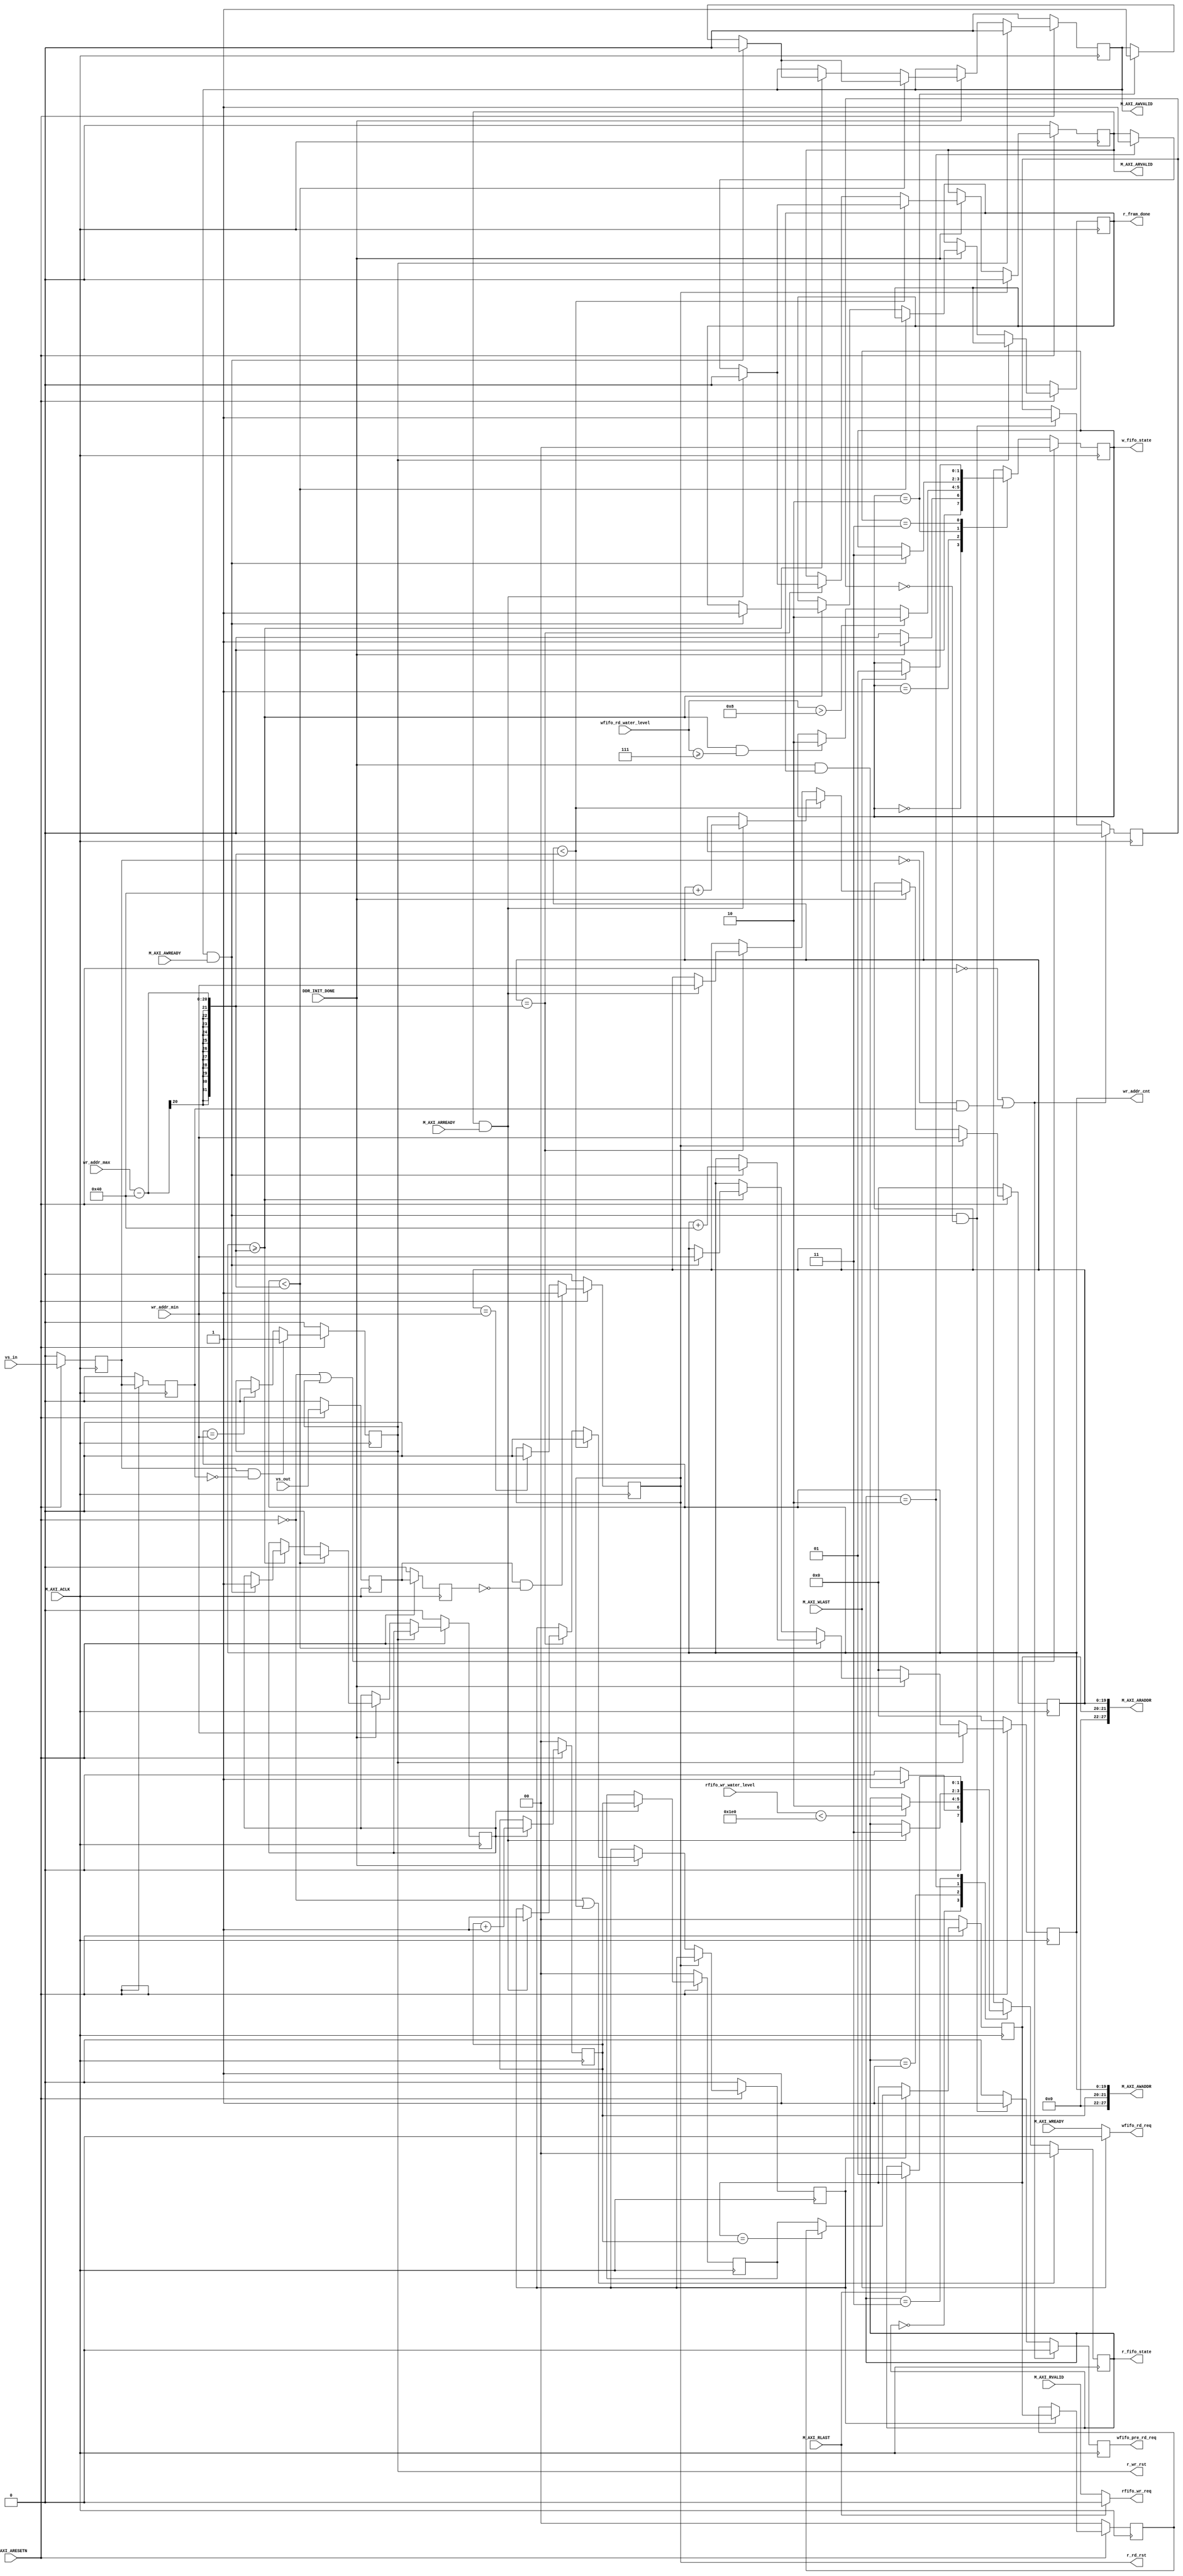
// This program was cloned from: https://github.com/flytt-away/FPGA-Video-Capture
// License: MIT License

///ARMIP
	module AXI_FULL_M #
	(
        parameter integer VIDEO_LENGTH      = 1920                            ,
        parameter integer VIDEO_HIGTH       = 1080                            ,
        parameter integer PIXEL_WIDTH       = 32                              ,
		parameter integer CTRL_ADDR_WIDTH	= 28                              ,
		parameter integer DQ_WIDTH	        = 32                              ,
        parameter integer M_AXI_BRUST_LEN   = 8                               ,
        parameter integer VIDEO_BASE_ADDR   = 2'd0                            
	)
	(

		input wire                                    DDR_INIT_DONE           ,
		input wire                                    M_AXI_ACLK              ,
		input wire                                    M_AXI_ARESETN           ,
		//                                                              
		output wire [CTRL_ADDR_WIDTH-1 : 0]           M_AXI_AWADDR            ,
		output wire                                   M_AXI_AWVALID           ,
		input wire                                    M_AXI_AWREADY           ,
		//                                                              
		input wire                                    M_AXI_WLAST             ,
		input wire                                    M_AXI_WREADY            ,
		//                                                              
		//                                                              
		output wire [CTRL_ADDR_WIDTH-1 : 0]           M_AXI_ARADDR            ,
		output wire                                   M_AXI_ARVALID           ,
		input wire                                    M_AXI_ARREADY           ,
		//                                                              
		input wire                                    M_AXI_RLAST             ,
		input wire                                    M_AXI_RVALID            ,
        //video
        input wire                                    vs_in                   ,
        input wire                                    vs_out                  ,
        //fifo
        input wire  [8 : 0]                           wfifo_rd_water_level    ,
        output                                        wfifo_rd_req            /* synthesis PAP_MARK_DEBUG="1" */,
        output                                        wfifo_pre_rd_req        /* synthesis PAP_MARK_DEBUG="1" */,
        input wire  [8 : 0]                           rfifo_wr_water_level    ,
        output                                        rfifo_wr_req            ,
        output reg                                    r_fram_done             ,
        //
        input       [19 : 0]                          wr_addr_min             ,//ddr01920*1080*16 = 33177600 bits
        input       [19 : 0]                          wr_addr_max             ,//ddr32 33177600/32 = 1036800 = 20'b1111_1101_0010_0000_0000
        output reg                                    r_wr_rst                ,
        output reg                                    r_rd_rst                ,
        output reg [1 : 0]                            w_fifo_state/* synthesis PAP_MARK_DEBUG="1" */,
        output reg [1 : 0]                            r_fifo_state/* synthesis PAP_MARK_DEBUG="1" */,
        output wire [19 : 0]                          wr_addr_cnt/* synthesis PAP_MARK_DEBUG="1" */
	);
/************************************************************************/

/**********************************************************************/
parameter    IDLE          =   'd0,
             WRITE_START   =   'd1,
             WRITE_ADDR    =   'd2,
             WRITE_DATA    =   'd3,
             READ_START    =   'd1,
             READ_ADDR    =    'd2,
             READ_DATA     =   'd3;




/**********************************************************************/


reg [CTRL_ADDR_WIDTH - 1 : 0]    r_m_axi_awaddr;//
reg                              r_m_axi_awvalid;
reg                              r_m_axi_wlast;
reg                              r_m_axi_wvalid;
reg [CTRL_ADDR_WIDTH*8 - 1 : 0]  r_m_axi_araddr;
reg                              r_m_axi_arvalid/* synthesis PAP_MARK_DEBUG="1" */;
reg [7 : 0]                      r_wburst_cnt;
reg [7 : 0]                      r_rburst_cnt;
reg [DQ_WIDTH*8 - 1 : 0]         r_m_axi_rdata;

reg [19 : 0]                     r_wr_addr_cnt/* synthesis PAP_MARK_DEBUG="1" */;
reg [19 : 0]                     r_rd_addr_cnt/* synthesis PAP_MARK_DEBUG="1" */;
reg [1 : 0]                      r_wr_addr_page/* synthesis PAP_MARK_DEBUG="1" */;
reg [1 : 0]                      r_rd_addr_page/* synthesis PAP_MARK_DEBUG="1" */;
reg [1 : 0]                      r_wr_last_page/* synthesis PAP_MARK_DEBUG="1" */;
reg [1 : 0]                      r_rd_last_page/* synthesis PAP_MARK_DEBUG="1" */;

reg                              r_wr_done;//
reg                              r_rd_done;
reg                              r_wfifo_rd_req;
reg                              r_wfifo_pre_rd_req;
reg                              r_wfifo_pre_rd_flag;
reg                              r_rfifo_wr_req;
//
reg                              r_vs_in_d0;
reg                              r_vs_in_d1; 
reg                              r_vs_out_d0;                            
reg                              r_vs_out_d1;     
//reg                              r_wr_rst/* synthesis PAP_MARK_DEBUG="1" */;
//reg                              r_rd_rst/* synthesis PAP_MARK_DEBUG="1" */;                       
/**********************************************************************/

/**********************************************************************/
//
//
assign M_AXI_AWADDR     =   {4'b0 , VIDEO_BASE_ADDR , r_wr_addr_page , r_wr_addr_cnt};//27-22021-20  19-0 
assign M_AXI_AWVALID    =   r_m_axi_awvalid;
//
assign wfifo_rd_req     =   M_AXI_WLAST ? 1'b0 : M_AXI_WREADY;//r_wfifo_rd_req;
assign wfifo_pre_rd_req =   r_wfifo_pre_rd_req;//
//
assign M_AXI_ARADDR     =   {4'b0 , VIDEO_BASE_ADDR , r_rd_addr_page , r_rd_addr_cnt};//27-22021-20  19-0 
assign M_AXI_ARVALID    =   r_m_axi_arvalid;
assign rfifo_wr_req     =   M_AXI_RLAST ? 1'b0 : M_AXI_RVALID;//r_rfifo_wr_req;

assign wr_addr_cnt = r_wr_addr_cnt;
//
//
/**********************************************************************/
//
always @(posedge M_AXI_ACLK ) begin
    if(!M_AXI_ARESETN ) begin
        r_vs_in_d0 <= 'd0;
        r_vs_in_d1 <= 'd0;
        r_vs_out_d0 <= 'd0;
        r_vs_out_d1 <= 'd0;
    end
    else begin
        r_vs_in_d0 <= vs_in;
        r_vs_in_d1 <= r_vs_in_d0;
        r_vs_out_d0 <= vs_out;
        r_vs_out_d1 <= r_vs_out_d0;
    end
end
//
always @(posedge M_AXI_ACLK ) begin
    if(!M_AXI_ARESETN ) begin
        r_wr_rst <= 'd0; 
    end
    else if(r_vs_in_d0 && (!r_vs_in_d1)) begin//d0d11
        r_wr_rst <= 'd1;
    end
    else if(r_wr_addr_cnt == wr_addr_min) begin //
        r_wr_rst <= 'd0;
    end
    else begin
        r_wr_rst <= r_wr_rst;
    end
end

always @(posedge M_AXI_ACLK ) begin
    if(!M_AXI_ARESETN ) begin
        r_rd_rst <= 'd0; 
    end
    else if(r_vs_out_d0 && (!r_vs_out_d1)) begin//d0d11
        r_rd_rst <= 'd1;
    end
    else if(r_rd_addr_cnt == wr_addr_min) begin //
        r_rd_rst <= 'd0;
    end
    else begin
        r_rd_rst <= r_rd_rst;
    end
end
//
always @(posedge M_AXI_ACLK ) begin
    if(!M_AXI_ARESETN ) begin//0
        r_wr_addr_page <= 2'b0;
        r_wr_last_page <= 2'b0;
    end 
    else if(r_wr_done) begin
        r_wr_last_page <= r_wr_addr_page ;
        r_wr_addr_page <= r_wr_addr_page + 1;                                 //
        if(r_wr_addr_page == r_rd_addr_page) begin
            r_wr_addr_page <= r_wr_addr_page + 1;
        end
    end
end
always @(posedge M_AXI_ACLK ) begin
    if(!M_AXI_ARESETN ) begin//0
        r_rd_addr_page <= 2'b0;
        r_rd_last_page <= 2'b0;
    end 
    else if(r_rd_done) begin//
        r_rd_last_page <= r_rd_addr_page;
        r_rd_addr_page <= r_wr_last_page;
        if(r_rd_addr_page == r_wr_addr_page) begin
            r_rd_addr_page <= r_rd_last_page ;
        end
    end
end
//alwaysreg
//
always @(posedge M_AXI_ACLK ) begin
   if(!M_AXI_ARESETN ) begin//10
        r_m_axi_awvalid <= 1'b0;
        r_wr_addr_cnt <= 20'b0;
        r_wr_done <= 1'b0;
        r_fram_done <= 1'b0;
    end 
    else if (r_wr_rst) begin
        r_wr_addr_cnt <= wr_addr_min;
        r_m_axi_awvalid <= 1'b0;
    end
    else if (DDR_INIT_DONE) begin
        if(r_wr_addr_cnt < wr_addr_max - M_AXI_BRUST_LEN * 8 ) begin //len*axi_data_width(256)/32
            r_wr_done<= 1'b0; 
            if(M_AXI_AWVALID && M_AXI_AWREADY) begin         
                r_m_axi_awvalid <= 1'b0;
                r_wr_addr_cnt <= r_wr_addr_cnt + M_AXI_BRUST_LEN * 8;
            end
            else if(w_fifo_state == WRITE_ADDR) begin
                r_m_axi_awvalid <= 1'b1;
            end
        end
        else if(r_wr_addr_cnt >= wr_addr_max - M_AXI_BRUST_LEN * 8 ) begin//            
            if(M_AXI_AWVALID && M_AXI_AWREADY) begin         
                r_m_axi_awvalid <= 1'b0;
                r_wr_addr_cnt <= wr_addr_min;
                r_wr_done<= 1'b1;  
                r_fram_done <= 1'b1;     
            end
            else if(w_fifo_state == WRITE_ADDR) begin
                r_m_axi_awvalid <= 1'b1;
            end
        end  
    end
    else begin
        r_m_axi_awvalid <= r_m_axi_awvalid;//
        r_wr_done <= r_wr_done;
        r_wr_addr_cnt <= 20'b0;
    end
end

//
always @(posedge M_AXI_ACLK )begin//
    if(!M_AXI_ARESETN || M_AXI_WLAST)begin
        r_wburst_cnt <= 'd0;
        r_wfifo_rd_req <= 1'b0;
    end
    else if (M_AXI_WREADY) begin
        r_wburst_cnt <= r_wburst_cnt + 1 ;
        r_wfifo_rd_req <= 1'b1;
        if (r_wburst_cnt == M_AXI_BRUST_LEN - 1'b1) begin//7wfifo
            r_wfifo_rd_req <= 1'b0;
        end
    end
    else begin
        r_wburst_cnt <= r_wburst_cnt;
        r_wfifo_rd_req <= 'd0;
    end
end
//WFIFOfifo
always @(posedge M_AXI_ACLK )begin//
    if(!M_AXI_ARESETN ||(!(r_vs_in_d0) && r_vs_in_d1))begin//VS
        r_wfifo_pre_rd_req <= 'd0;
        r_wfifo_pre_rd_flag <= 'd0;
    end
    else if(M_AXI_AWVALID && M_AXI_AWREADY && (r_wfifo_pre_rd_flag == 'd0)) begin
        r_wfifo_pre_rd_req <= 'd1;
        r_wfifo_pre_rd_flag <= 'd1;
    end
    else begin
        r_wfifo_pre_rd_req <= 'd0;
    end
end
//
always @(posedge M_AXI_ACLK ) begin//
    if(!M_AXI_ARESETN)begin
        r_m_axi_arvalid <= 'd0;//
        r_rd_addr_cnt <= 20'b0;
        r_rd_done <= 'd0;
    end
    else if(r_rd_rst)begin
        r_rd_addr_cnt <= wr_addr_min;
        r_m_axi_arvalid <= 'd0;
    end
    else if (DDR_INIT_DONE) begin//DDR,
        if(r_rd_addr_cnt < wr_addr_max - M_AXI_BRUST_LEN * 8) begin
            r_rd_done <= 'd0;
            if(M_AXI_ARVALID && M_AXI_ARREADY) begin//            
                r_m_axi_arvalid <= 1'b0;
                r_rd_addr_cnt <= r_rd_addr_cnt + M_AXI_BRUST_LEN * 8;
            end
            else if(r_fifo_state == READ_ADDR) begin
                r_m_axi_arvalid <= 1'b1;
            end
        end
        else if(r_rd_addr_cnt == wr_addr_max - M_AXI_BRUST_LEN * 8) begin
            if(M_AXI_ARVALID && M_AXI_ARREADY) begin//            
                r_m_axi_arvalid <= 1'b0;
                r_rd_addr_cnt <= wr_addr_min;
                r_rd_done <= 'd1;
            end
            else if(r_fifo_state == READ_ADDR) begin
                r_m_axi_arvalid <= 1'b1;
            end            
        end

    end
    else begin
        r_m_axi_arvalid <= r_m_axi_arvalid;
        r_rd_addr_cnt <= r_rd_addr_cnt;
    end
end
//
always @(posedge M_AXI_ACLK )begin//validfifo
    if(!M_AXI_ARESETN || M_AXI_RLAST)begin
        r_rfifo_wr_req <= 'd0;
        r_rburst_cnt <= 'd0;
    end
    else if (M_AXI_RVALID) begin
        r_rfifo_wr_req <= 1'b1;
        r_rburst_cnt <= r_rburst_cnt + 1'b1;
        if (r_rburst_cnt == M_AXI_BRUST_LEN - 1'b1) begin//7wfifo
            r_rfifo_wr_req <= 1'b0;
        end
    end
    else begin
        r_rfifo_wr_req <= 'd0;
        r_rburst_cnt <= r_rburst_cnt;
    end
end

/**********************************************************************/
//
//DDR3
always @(posedge M_AXI_ACLK ) begin
    if(~M_AXI_ARESETN || r_wr_rst)
        w_fifo_state    <= IDLE;
    else begin
        case(w_fifo_state)
            IDLE: 
            begin
                if(DDR_INIT_DONE)
                    w_fifo_state <= WRITE_START ;
                else
                    w_fifo_state <= IDLE;
            end
            WRITE_START:
            begin
//                if (r_wr_rst) begin
//                    w_fifo_state <= WRITE_START;
//                end
                if(wfifo_rd_water_level > M_AXI_BRUST_LEN) begin//wfifo4
                    w_fifo_state <= WRITE_ADDR;   //
                end
                else if((r_wr_addr_cnt >= wr_addr_max - M_AXI_BRUST_LEN * 8) && (wfifo_rd_water_level >= M_AXI_BRUST_LEN - 1'b1)) begin//-1
                    w_fifo_state <= WRITE_ADDR;
                end                
                else begin
                    w_fifo_state <= w_fifo_state;
                end            
            end
            WRITE_ADDR:
            begin
                if(M_AXI_AWVALID && M_AXI_AWREADY)
                    w_fifo_state <= WRITE_DATA;  //
                else
                    w_fifo_state <= w_fifo_state;   //
            end
            WRITE_DATA: 
            begin
                //
                if(M_AXI_WLAST)//M_AXI_WREADY && (r_wburst_cnt == M_AXI_BRUST_LEN - 1)
                    w_fifo_state <= WRITE_START;  //
                else
                    w_fifo_state <= w_fifo_state;  //
            end
            default:
            begin
                w_fifo_state     <= IDLE;
            end
        endcase
    end
end
//DDR
always @(posedge M_AXI_ACLK ) begin
    if(~M_AXI_ARESETN || r_rd_rst)
        r_fifo_state    <= IDLE;
    else begin
        case(r_fifo_state)
            IDLE: 
            begin
                if(DDR_INIT_DONE && r_fram_done) begin
                    r_fifo_state <= READ_START ;
                end
                else begin
                    r_fifo_state <= IDLE;
                end
            end
            READ_START:
            begin
//                if(r_rd_rst) begin
//                    r_fifo_state <= READ_START;       
//                end
                if(rfifo_wr_water_level < VIDEO_LENGTH*PIXEL_WIDTH/128)//wfifo2401920*32*2/256 = 240120240/8 = 30
                    r_fifo_state <= READ_ADDR;   //
                else
                    r_fifo_state <= r_fifo_state;
            end
            READ_ADDR:
            begin
                if(M_AXI_ARVALID && M_AXI_ARREADY)
                    r_fifo_state <= READ_DATA;  //
                else
                    r_fifo_state <= r_fifo_state;   //
            end
            READ_DATA: 
            begin
                //
                if(M_AXI_RLAST ) //&& (r_rburst_cnt == M_AXI_BRUST_LEN - 1)
                    r_fifo_state <= READ_START;  //
                else
                    r_fifo_state <= r_fifo_state;  //
            end
            default:
            begin
                r_fifo_state     <= IDLE;
            end
        endcase
    end
end

endmodule